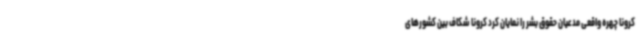
کرونا چهره واقعی مدعیان حقوق بشر را نمایان کرد کرونا شکاف بین کشورهای